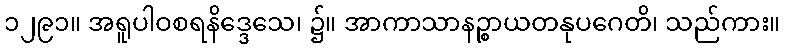
၁၂၉၁။ အရူပါဝစရနိဒ္ဒေသေ၊ ၌။ အာကာသာနဉ္စာယတနုပဂေတိ၊ သည်ကား။